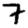
Digit: 7